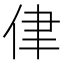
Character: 侓